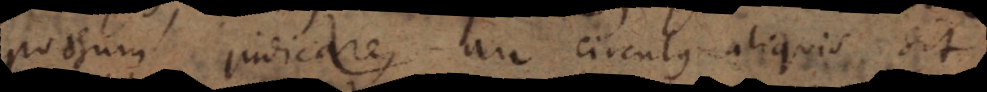
possum judicare, an circulus aliquis sit,